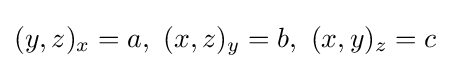
(y,z)_{x}=a,\ (x,z)_{y}=b,\ (x,y)_{z}=c